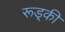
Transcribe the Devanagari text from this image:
रूड़्की